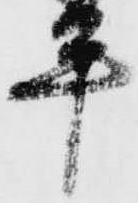
平